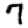
Digit: 7